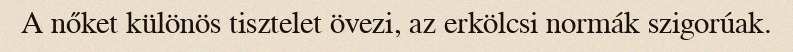
A nőket különös tisztelet övezi, az erkölcsi normák szigorúak.